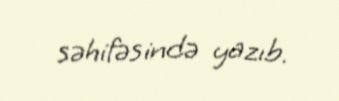
səhifəsində yazıb.